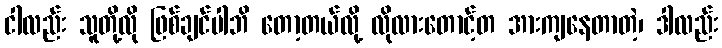
ငါလည်း သူတို့လို ဖြစ်ချင်ပါဘိ တော့တယ်လို့ လိုလားတောင့်တ အားကျနေတာတဲ့၊ ဒါလည်း